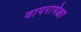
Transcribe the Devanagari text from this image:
वापरापेक्षा